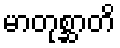
မာတုစ္ဆာတိ